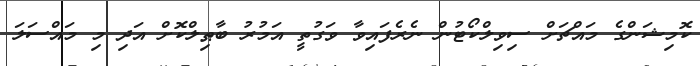
ކޮމިޝަންގެ މައްޗަށް ސިވިލްކޯޓުން ނެރެފައިވާ ވަގުތީ އަމުރު ބާޠިލްކޮށް އަދި މި މައްސަލަ